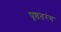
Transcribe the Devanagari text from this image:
पृष्ठतरंग